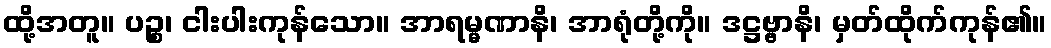
ထို့အတူ။ ပဉ္စ၊ ငါးပါးကုန်သော။ အာရမ္မဏာနိ၊ အာရုံတို့ကို။ ဒဋ္ဌဗ္ဗာနိ၊ မှတ်ထိုက်ကုန်၏။